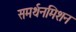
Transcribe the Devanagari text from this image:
समर्थनमिशन